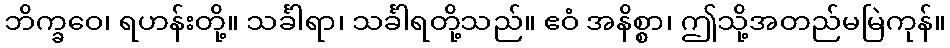
ဘိက္ခဝေ၊ ရဟန်းတို့။ သင်္ခါရာ၊ သင်္ခါရတို့သည်။ ဧဝံ အနိစ္စာ၊ ဤသို့အတည်မမြဲကုန်။